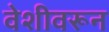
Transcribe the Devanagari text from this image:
वेशीवरून